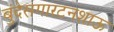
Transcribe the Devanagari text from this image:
बुंदेसगारटनशाऊ